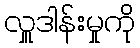
လှူဒါန်းမှုကို